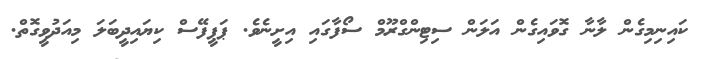
ކައިނިމިގެން ލާނާ ގޮވައިގެން އަލަން ސިޓިންގްރޫމް ސޯފާގައި އިށީނެވެ. ޕަޕީފޭސް ކިޔައިދީބަލަ މިއަދުވީގޮތް.